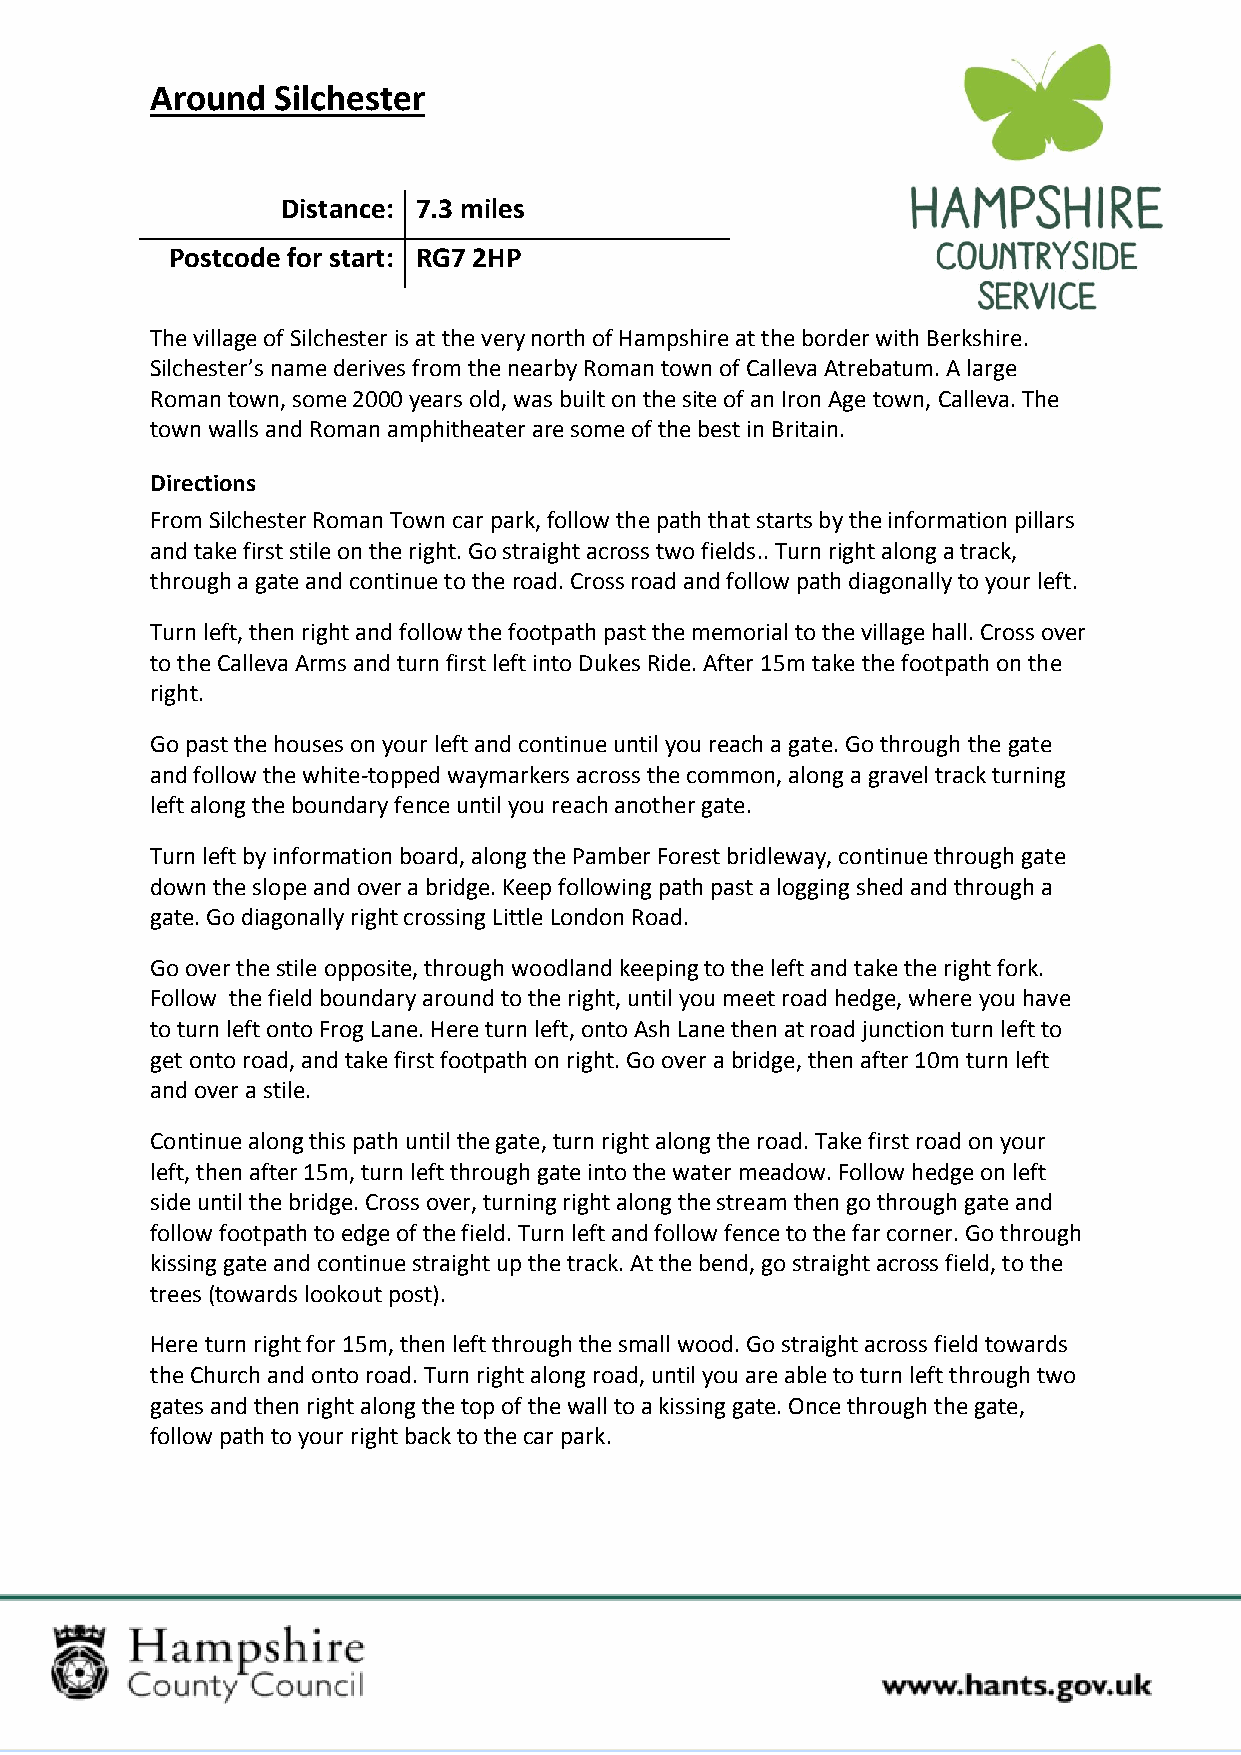
Around  Silchester
 Distance: 7.3 miles
 Postcode for start: RG7 2HP
 The village of Silchester is at the very north of Hampshire at the border with Berkshire.
 Silchester’s name derives from the nearby Roman town of Calleva Atrebatum. A large
 Roman town, some 2000 years old, was built on the site of an Iron Age town, Calleva. The
 town walls and Roman amphitheater are some of the best in Britain.
 Directions
 From Silchester Roman Town car park, follow the path that starts by the information pillars
 and take first stile on the right. Go straight across two fields.. Turn right along a track,
 through a gate and continue to the road. Cross road and follow path diagonally to your left.
 Turn left, then right and follow the footpath past the memorial to the village hall. Cross over
 to the Calleva Arms and turn first left into Dukes Ride. After 15m take the footpath on the
 right.
 Go past the houses on your left and continue until you reach a gate. Go through the gate
 and follow the white-topped waymarkers across the common, along a gravel track turning
 left along the boundary fence until you reach another gate.
 Turn left by information board, along the Pamber Forest bridleway, continue through gate
 down the slope and over a bridge. Keep following path past a logging shed and through a
 gate. Go diagonally right crossing Little London Road.
 Go over the stile opposite, through woodland keeping to the left and take the right fork.
 Follow the field boundary around to the right, until you meet road hedge, where you have
 to turn left onto Frog Lane. Here turn left, onto Ash Lane then at road junction turn left to
 get onto road, and take first footpath on right. Go over a bridge, then after 10m turn left
 and over a stile.
 Continue along this path until the gate, turn right along the road. Take first road on your
 left, then after 15m, turn left through gate into the water meadow. Follow hedge on left
 side until the bridge. Cross over, turning right along the stream then go through gate and
 follow footpath to edge of the field. Turn left and follow fence to the far corner. Go through
 kissing gate and continue straight up the track. At the bend, go straight across field, to the
 trees (towards lookout post).
 Here turn right for 15m, then left through the small wood. Go straight across field towards
 the Church and onto road. Turn right along road, until you are able to turn left through two
 gates and then right along the top of the wall to a kissing gate. Once through the gate,
 follow path to your right back to the car park.